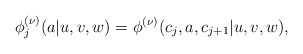
\begin{align*}\phi_{j}^{(\nu)}(a|u,v,w)=\phi^{(\nu)}(c_{j},a,c_{j+1}|u,v,w),\end{align*}